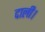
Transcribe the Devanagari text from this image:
दाली।